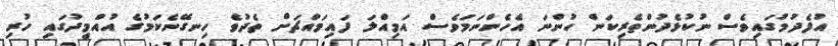
އުފެދުމުގައިވެސް ނުކުޅެދުންތެރިކަން ހުންނަ އެހެންނަމަވެސް އަމިއްލަ ފައިމައްޗަށް ތެދުވެ ހިނގޭނެކަމުގެ އުއްމީދުގައި ހުރި